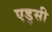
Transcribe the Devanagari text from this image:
एडुसी